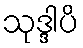
သုဒ္ဒါပိ